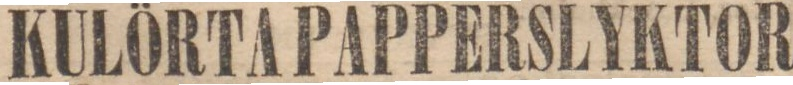
KULÖRTAPAPPERSLYKTOR